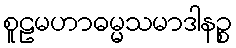
စူဠမဟာဓမ္မသမာဒါနဉ္စ